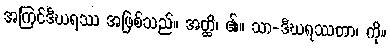
အကြင်ဒီဃရဿ အဖြစ်သည်။ အတ္ထိ၊ ၏။ သာ-ဒီဃရဿတာ၊ ကို။